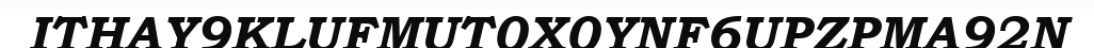
ITHAY9KLUFMUT0X0YNF6UPZPMA92N